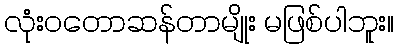
လုံးဝတောဆန်တာမျိုး မဖြစ်ပါဘူး။